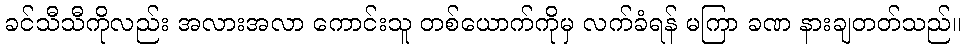
ခင်သီသီကိုလည်း အလားအလာ ကောင်းသူ တစ်ယောက်ကိုမှ လက်ခံရန် မကြာ ခဏ နားချတတ်သည်။